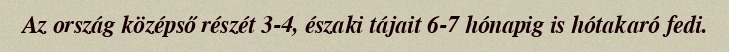
Az ország középső részét 3-4, északi tájait 6-7 hónapig is hótakaró fedi.